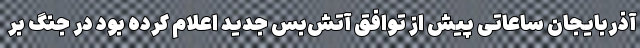
آذربایجان ساعاتی پیش از توافق آتش‌بس جدید اعلام کرده بود در جنگ بر